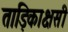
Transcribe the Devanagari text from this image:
ताड़िकाक्षसी